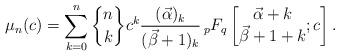
LaTeX: \begin{align*}\mu_{n}(c) =\sum\limits_{k=0}^{n}\genfrac{\{}{\}}{0pt}{}{n}{k}c^{k}\frac{( \vec{\alpha})_{k}}{(\vec{\beta}+1)_{k}}\,{}_{p}F_{q}\left[\begin{matrix}\vec{\alpha}+k\\\vec{\beta}+1+k\end{matrix};c\right] . \end{align*}